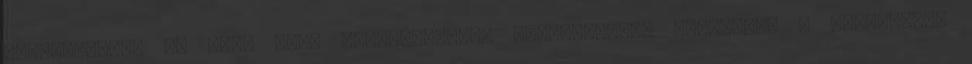
életvitelét, és azt, hogy elfogadják-e, tiszteletben tartják-e a társadalom